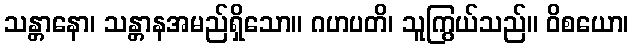
သန္တာနော၊ သန္တာနအမည်ရှိသော။ ဂဟပတိ၊ သူကြွယ်သည်။ ဝိစယော၊